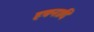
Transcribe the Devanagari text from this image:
हवनादि